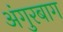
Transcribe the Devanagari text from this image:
अंगुरबाग